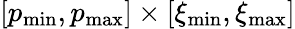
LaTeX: [p_{\mathrm{min}},p_{\mathrm{max}}]\times[\xi_{\mathrm{min}},\xi_{\mathrm{max}}]